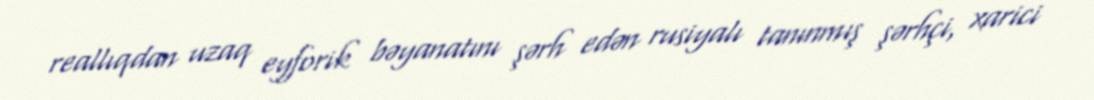
reallıqdan uzaq eyforik bəyanatını şərh edən rusiyalı tanınmış şərhçi, xarici